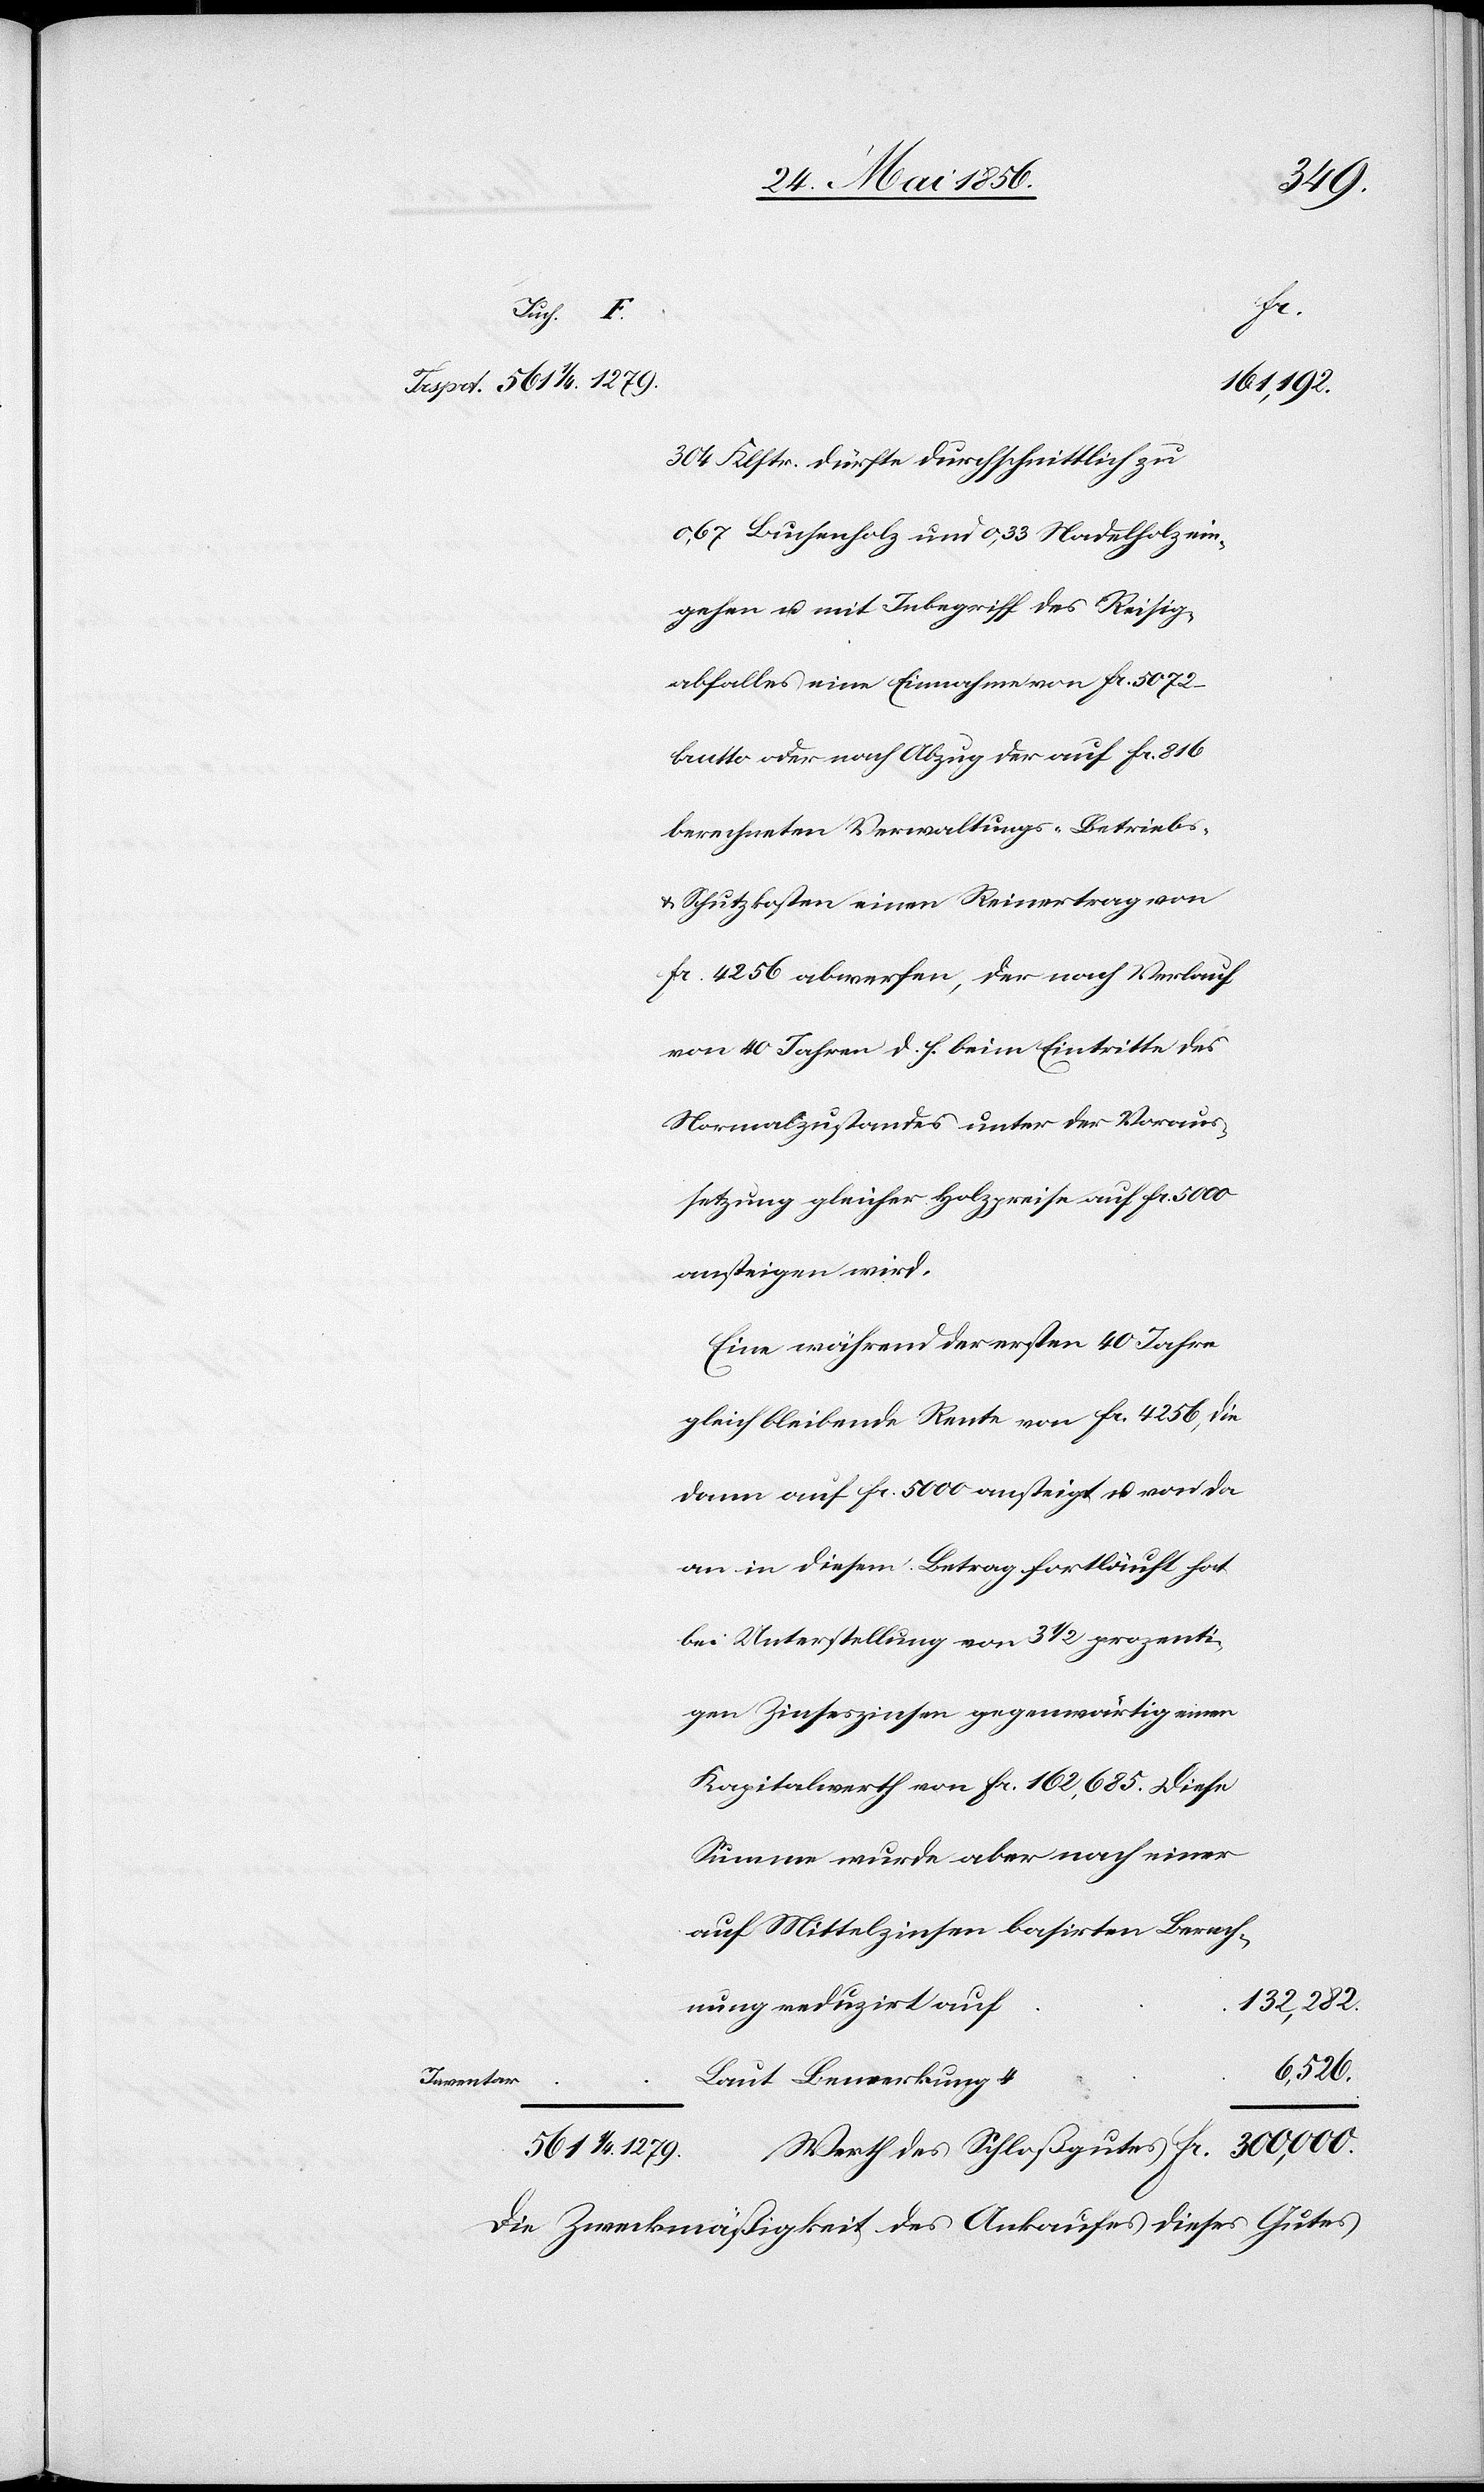
Trsprt.

304 Klftr. dürfte durchschnittlich zu
0,67 Buchenholz und 0,33 Nadelholz ein¬
gehen u. mit Inbegriff des Reisig¬
abfalles eine Einnahme von fr. 5072
brutto oder nach Abzug der auf fr. 816
berechneten Verwaltungs-[,] Betriebs-
& Schutzkosten einen Reinertrag von
fr. 4256 abwerfen, der nach Verkauf
von 40 Jahren d. h. beim Eintritte des
Normalzustandes unter der Voraus¬
setzung gleicher Holzpreise auf fr. 5000
ansteigen wird.
Eine während der ersten 40 Jahre
gleich bleibende Rente von fr. 4256, die
dann auf fr. 5000 ansteigt u. von da
an in diesem Betrag fortläuft hat
bei Unterstellung von 3 ½ prozentisc¬
hen Zinseszinsen gegenwärtig einen
Kapitalwerth von fr. 162,685. Diese
Summe wurde aber nach einer
auf Mittelzinsen basirten Berech¬
132,282.
nung reduzirt auf
6,526.
¼
Laut Bemerkung 4
Die Zweckmäßigkeit des Ankaufes dieses Gutes

des
fr.
161,192.